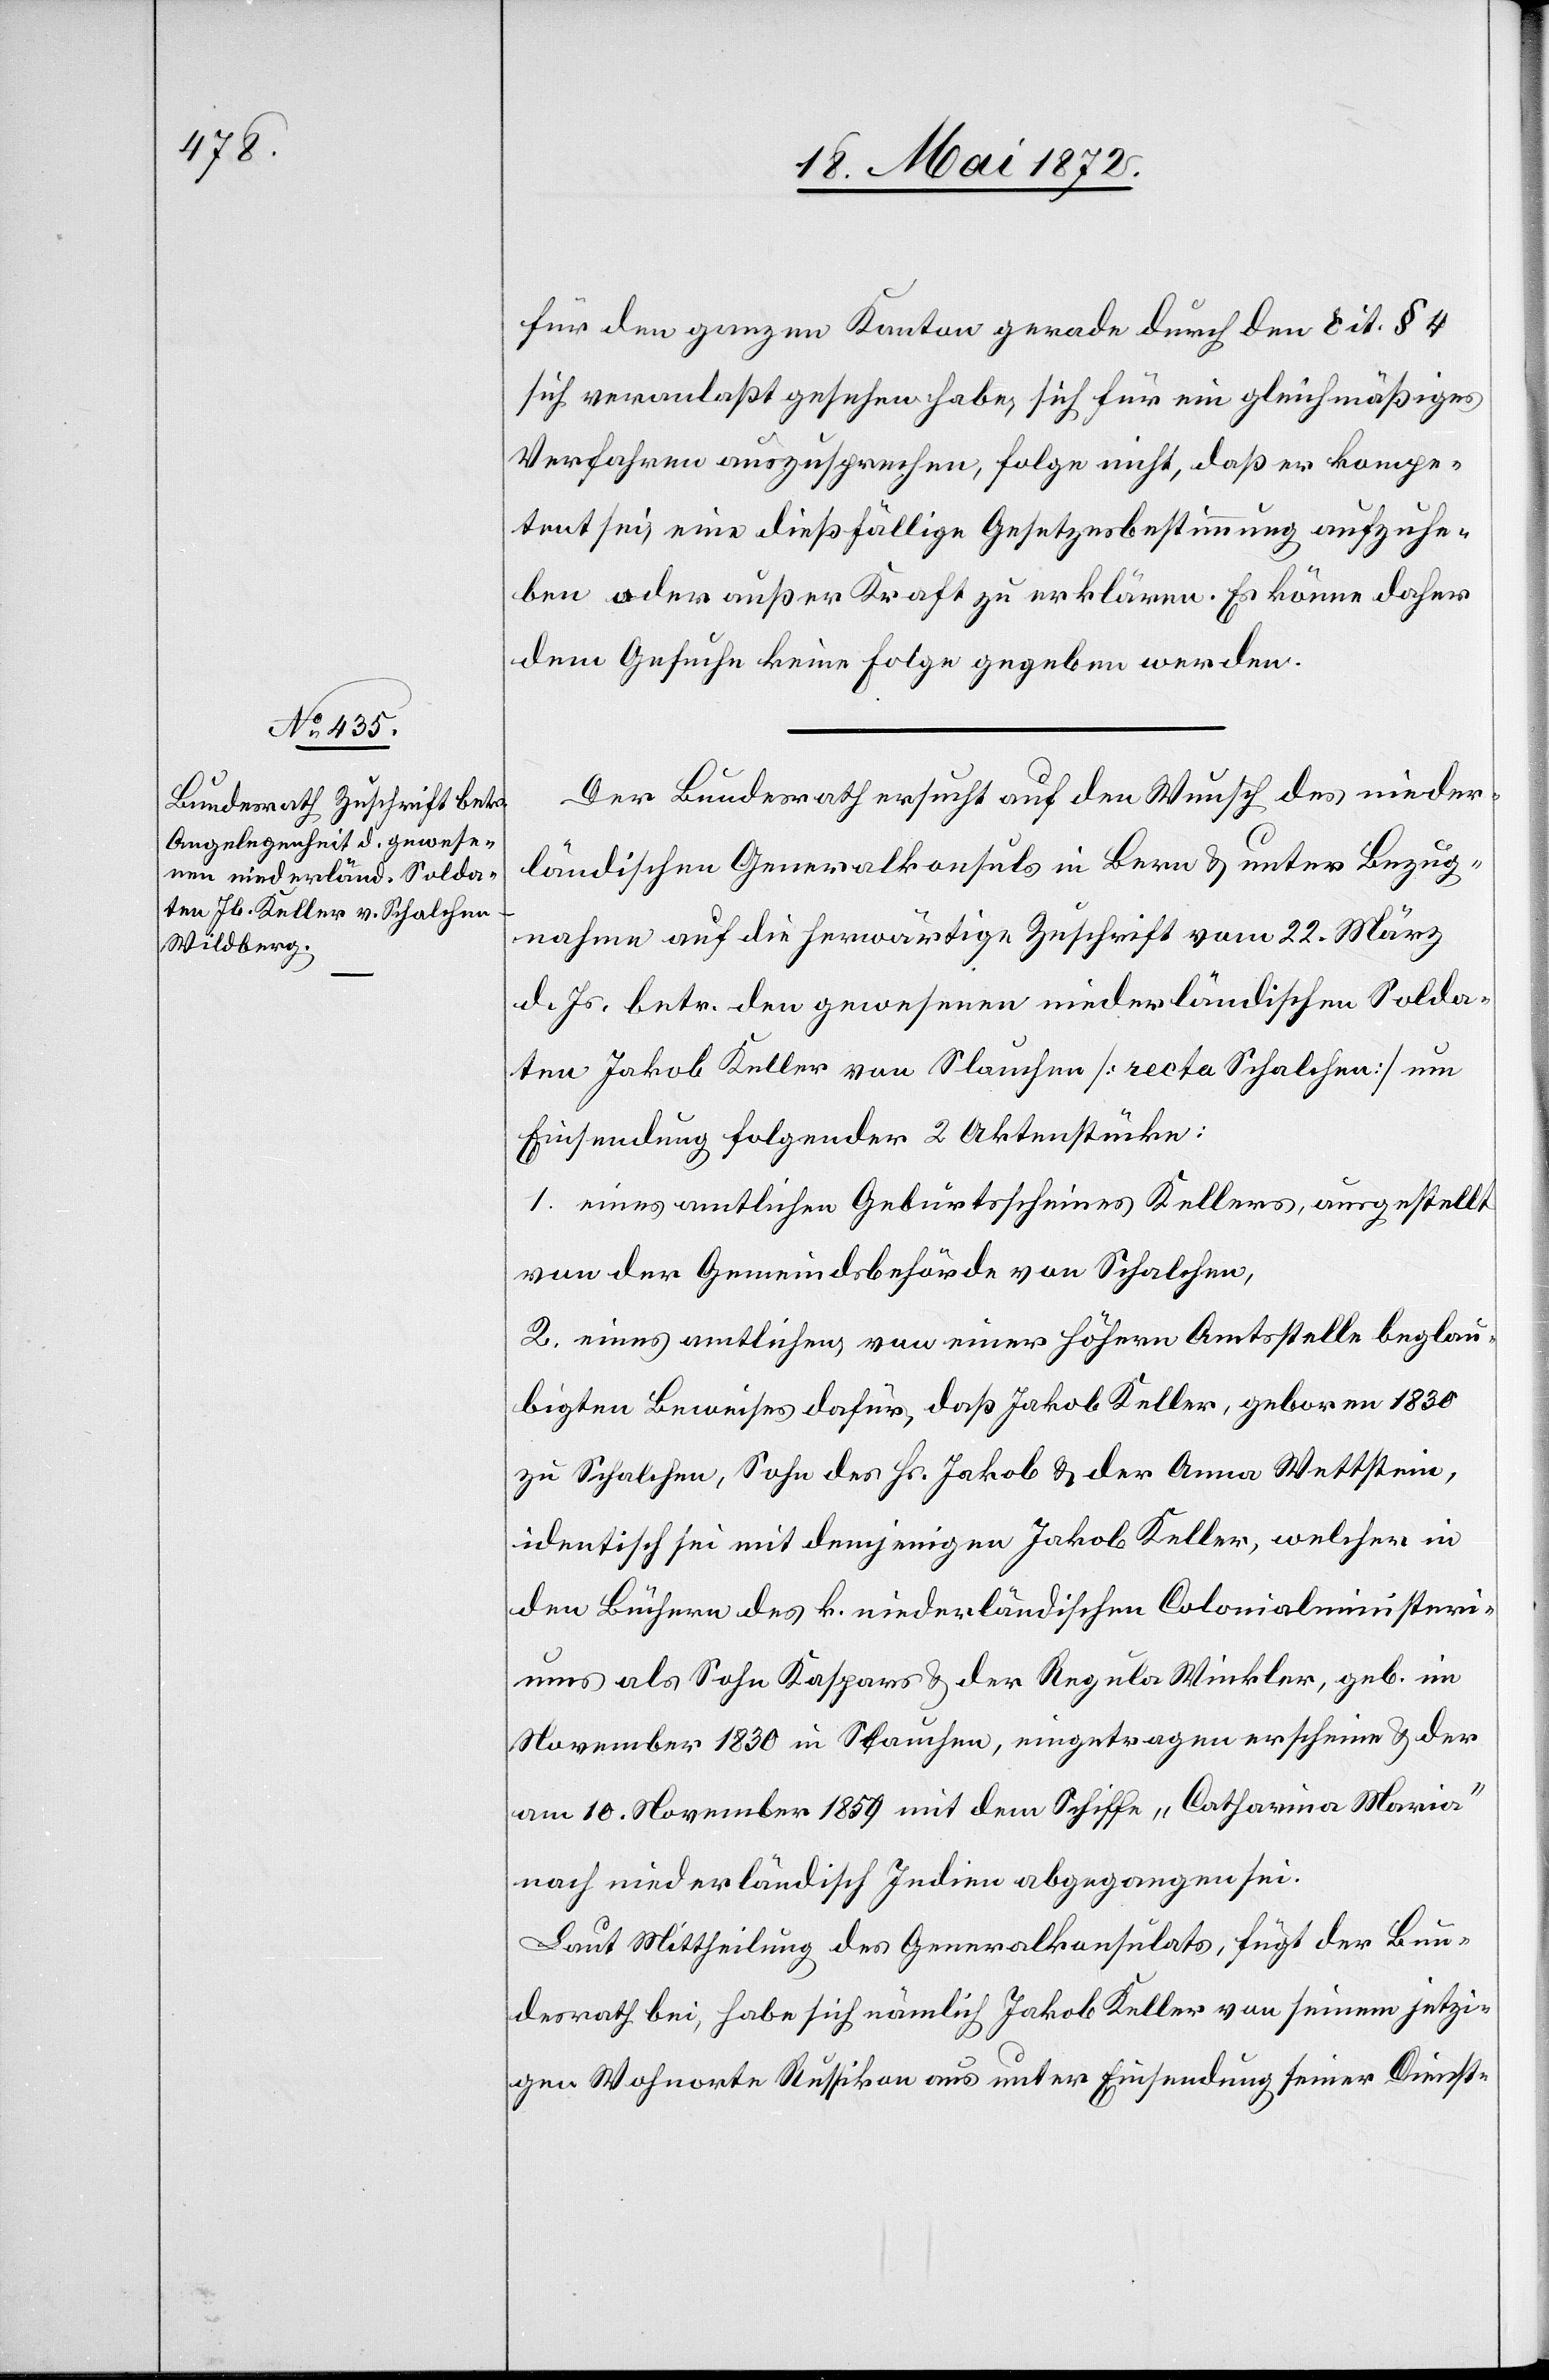
23. Mai 1872.]
für den ganzen Kanton gerade durch den cit. § 4
sich veranlaßt gesehen habe, sich für ein gleichmäßiges
Verfahren auszusprechen, folge nicht, daß er kompe¬
tent sei, eine dießfällige Gesetzesbestimmung aufzuhe¬
ben oder außer Kraft zu erklären. Es könne daher
dem Gesuche keine Folge gegeben werden.
Der Bundesrath ersucht auf den Wunsch des nieder¬
ländischen Generalkonsuls in Bern u. unter Bezug¬
nahme auf die herwärtige Zuschrift vom 22. März
d. Js. betr. den gewesenen niederländischen Solda¬
ten Jakob Keller von Slauchen [recta Schalchen] um
Einsendung folgender 2 Aktenstücke:
1. eines amtlichen Geburtsscheines Kellers, ausgestellt
von der Gemeindsbehörde von Schalchen,
2. eines amtlichen von einer höhern Amtsstelle beglau¬
bigten Beweises dafür, daß Jakob Keller, geboren 1830
zu Schalchen, Sohn des Hs. Jakob u. der Anna Wettstein,
identisch sei mit demjenigen Jakob Keller, welcher in
den Büchern des k. niederländischen Colonialministeri¬
um als Sohn Kaspars u. der Regula Winkler, geb. im
November 1830 in Slauchen, eingetragen erscheine u. der
am 10. November 1859 mit dem Schiffe „Catharina Maria“
nach niederländisch Indien abgegangen sei.
Laut Mittheilung des Generalkonsulats, fügt der Bun¬
desrath bei, habe sich nämlich Jakob Keller von seinem jetzi¬
gen Wohnorte Russikon aus unter Einsendung seiner Dienst-